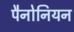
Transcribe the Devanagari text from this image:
पैनोनियन